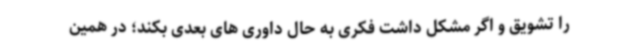
را تشویق و اگر مشکل داشت فکری به حال داوری های بعدی بکند؛ در همین